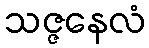
သဇ္ဇနေလံ